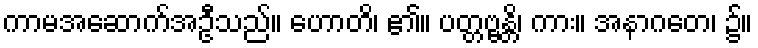
ကာမအဆောက်အဦသည်။ ဟောတိ၊ ၏။ ပတ္တဗ္ဗန္တိ၊ ကား။ အနာဂတေ၊ ၌။